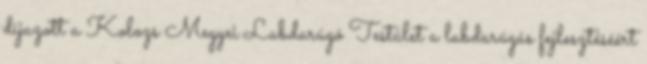
díjazott a Kolozs Megyei Labdarúgó Testület a labdarúgás fejlesztéséért